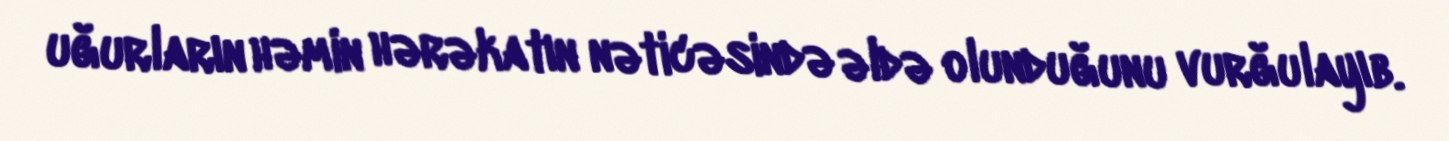
uğurların həmin hərəkatın nəticəsində əldə olunduğunu vurğulayıb.